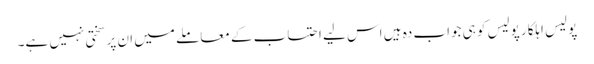
پولیس اہلکار پولیس کو ہی جواب دہ ہیں اس لیے احتساب کے معاملے میں ان پر سختی نہیں ہے۔